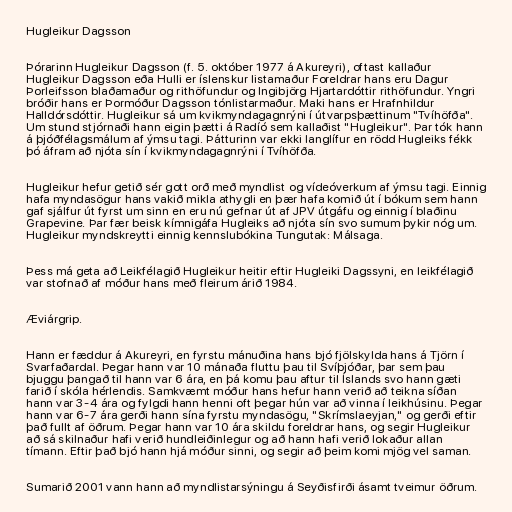
Hugleikur Dagsson

Þórarinn Hugleikur Dagsson (f. 5. október 1977 á Akureyri), oftast kallaður
Hugleikur Dagsson eða Hulli er íslenskur listamaður Foreldrar hans eru Dagur
Þorleifsson blaðamaður og rithöfundur og Ingibjörg Hjartardóttir rithöfundur. Yngri
bróðir hans er Þormóður Dagsson tónlistarmaður. Maki hans er Hrafnhildur
Halldórsdóttir. Hugleikur sá um kvikmyndagagnrýni í útvarpsþættinum "Tvíhöfða".
Um stund stjórnaði hann eigin þætti á Radíó sem kallaðist "Hugleikur". Þar tók hann
á þjóðfélagsmálum af ýmsu tagi. Þátturinn var ekki langlífur en rödd Hugleiks fékk
þó áfram að njóta sín í kvikmyndagagnrýni í Tvíhöfða.

Hugleikur hefur getið sér gott orð með myndlist og vídeóverkum af ýmsu tagi. Einnig
hafa myndasögur hans vakið mikla athygli en þær hafa komið út í bókum sem hann
gaf sjálfur út fyrst um sinn en eru nú gefnar út af JPV útgáfu og einnig í blaðinu
Grapevine. Þar fær beisk kímnigáfa Hugleiks að njóta sín svo sumum þykir nóg um.
Hugleikur myndskreytti einnig kennslubókina Tungutak: Málsaga.

Þess má geta að Leikfélagið Hugleikur heitir eftir Hugleiki Dagssyni, en leikfélagið
var stofnað af móður hans með fleirum árið 1984.

Æviárgrip.

Hann er fæddur á Akureyri, en fyrstu mánuðina hans bjó fjölskylda hans á Tjörn í
Svarfaðardal. Þegar hann var 10 mánaða fluttu þau til Svíþjóðar, þar sem þau
bjuggu þangað til hann var 6 ára, en þá komu þau aftur til Íslands svo hann gæti
farið í skóla hérlendis. Samkvæmt móður hans hefur hann verið að teikna síðan
hann var 3-4 ára og fylgdi hann henni oft þegar hún var að vinna í leikhúsinu. Þegar
hann var 6-7 ára gerði hann sína fyrstu myndasögu, "Skrímslaeyjan," og gerði eftir
það fullt af öðrum. Þegar hann var 10 ára skildu foreldrar hans, og segir Hugleikur
að sá skilnaður hafi verið hundleiðinlegur og að hann hafi verið lokaður allan
tímann. Eftir það bjó hann hjá móður sinni, og segir að þeim komi mjög vel saman.

Sumarið 2001 vann hann að myndlistarsýningu á Seyðisfirði ásamt tveimur öðrum.